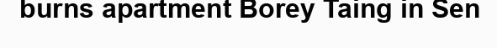
burns apartment Borey Taing in Sen